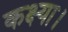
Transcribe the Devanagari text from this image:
कक्ष्या।